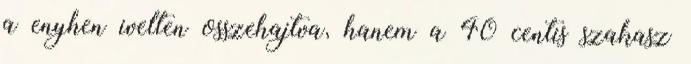
a enyhen ivelten osszehajtva, hanem a 40 centis szakasz